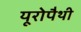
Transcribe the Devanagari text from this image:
यूरोपैथी